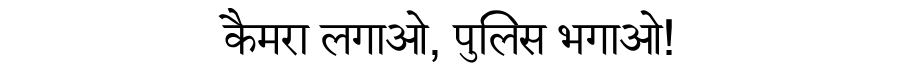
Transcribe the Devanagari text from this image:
कैमरा लगाओ, पुलिस भगाओ!